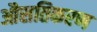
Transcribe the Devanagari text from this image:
औसतिकरण